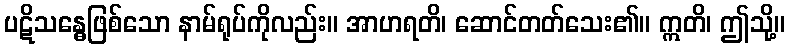
ပဋိသန္ဓေဖြစ်သော နာမ်ရုပ်ကိုလည်း။ အာဟရတိ၊ ဆောင်တတ်သေး၏။ ဣတိ၊ ဤသို့။